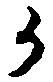
か